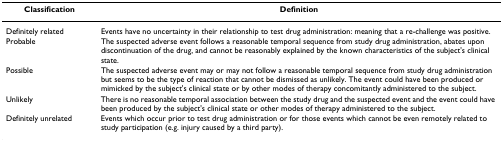
<table><thead><tr><td><b>Classification</b></td><td><b>Definition</b></td></tr></thead><tbody><tr><td>Definitely related</td><td>Events have no uncertainty in their relationship to test drug administration: meaning that a re-challenge was positive.</td></tr><tr><td>Probable</td><td>The suspected adverse event follows a reasonable temporal sequence from study drug administration, abates upon discontinuation of the drug, and cannot be reasonably explained by the known characteristics of the subject&#x27;s clinical state.</td></tr><tr><td>Possible</td><td>The suspected adverse event may or may not follow a reasonable temporal sequence from study drug administration but seems to be the type of reaction that cannot be dismissed as unlikely. The event could have been produced or mimicked by the subject&#x27;s clinical state or by other modes of therapy concomitantly administered to the subject.</td></tr><tr><td>Unlikely</td><td>There is no reasonable temporal association between the study drug and the suspected event and the event could have been produced by the subject&#x27;s clinical state or other modes of therapy administered to the subject.</td></tr><tr><td>Definitely unrelated</td><td>Events which occur prior to test drug administration or for those events which cannot be even remotely related to study participation (e.g. injury caused by a third party).</td></tr></tbody></table>